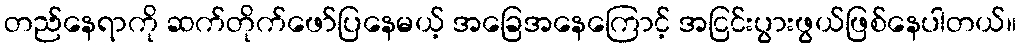
တည်နေရာကို ဆက်တိုက်ဖော်ပြနေမယ့် အခြေအနေကြောင့် အငြင်းပွားဖွယ်ဖြစ်နေပါတယ်။